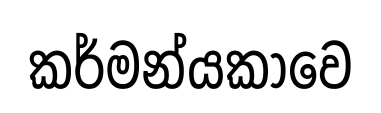
කර්මන්යකාවෙ